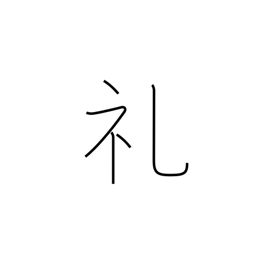
Meaning: thanks